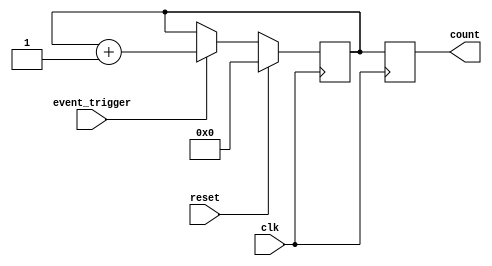
module event_triggered_counter (
    input wire clk,               // Clock signal
    input wire reset,             // Reset signal
    input wire event_trigger,     // Event trigger signal
    output reg [7:0] count        // Current count value (8-bit)
);

    // Memory block to store the count value
    reg [7:0] memory_block;

    // Synchronous process for counting and resetting
    always @(posedge clk) begin
        if (reset) begin
            // Reset the count value in memory block
            memory_block <= 8'b0;
        end else if (event_trigger) begin
            // Increment the count value in memory block
            memory_block <= memory_block + 1'b1;
        end
    end

    // Output the current count value
    always @(posedge clk) begin
        count <= memory_block;
    end

endmodule